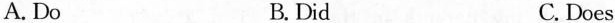
A.Do B.Did C. Does